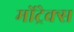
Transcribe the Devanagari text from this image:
मोंट्रेक्स